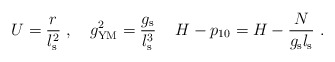
\begin{align*}U = \frac{r}{l_{\rm s}^2}\ ,\quad g_{\rm YM}^2 = \frac{ g_{\rm s} }{ l_{\rm s}^3 }\,\quad H-p_{10} = H - \frac{N}{g_{\rm s} l_{\rm s}}\ .\end{align*}